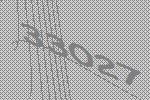
33027